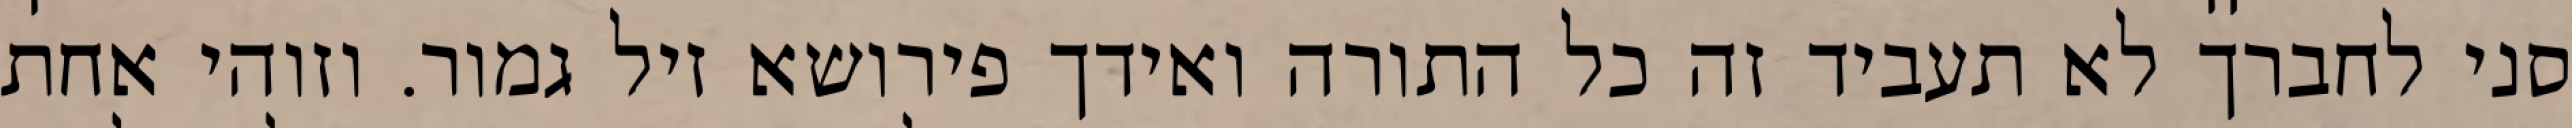
סני לחברך לא תעביד זה כל התורה ואידך פירושא זיל גמור. וזוהי אחת